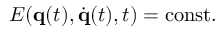
E ( \mathbf { q } ( t ) , { \dot { \mathbf { q } } } ( t ) , t ) = { \mathrm { c o n s t } } .